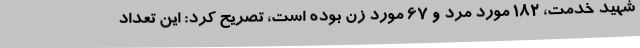
شهید خدمت، 182 مورد مرد و 67 مورد زن بوده است، تصریح کرد: این تعداد